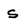
Character: s